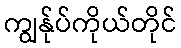
ကျွန်ုပ်ကိုယ်တိုင်